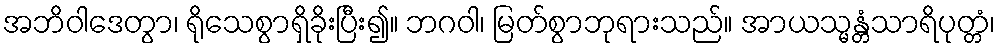
အဘိဝါဒေတွာ၊ ရိုသေစွာရှိခိုးပြီး၍။ ဘဂဝါ၊ မြတ်စွာဘုရားသည်။ အာယသ္မန္တံသာရိပုတ္တံ၊